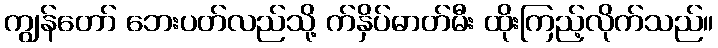
ကျွန်တော် ဘေးပတ်လည်သို့ က်နှိပ်ဓာတ်မီး ထိုးကြည့်လိုက်သည်။